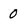
Character: 0